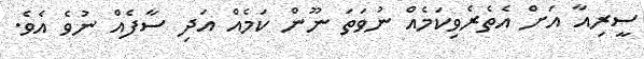
ސީރިއާ އަށް އެތެރެވިކަމެއް ނުވަތަ ނޫން ކަމެއް އަދި ސާފެއް ނުވެ އެވެ.